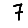
Digit: 7